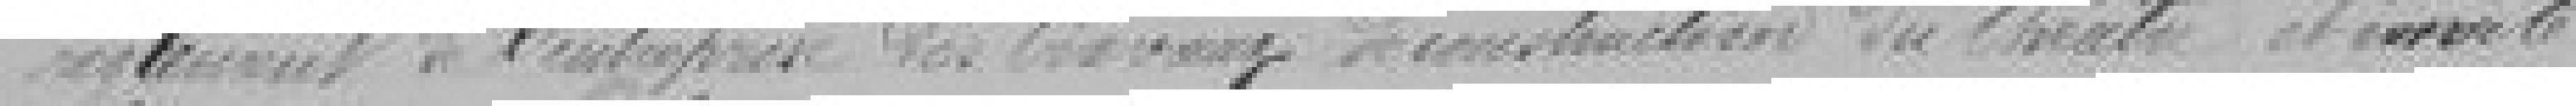
règlement de l'entreprise des travaux de construction du théâtre et invite